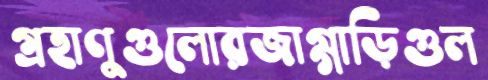
গ্রহাণুগুলোরজাগ্‌গাড়িগুল